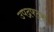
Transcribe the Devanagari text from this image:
उपद्रफ्ट्स